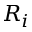
R _ { i }